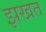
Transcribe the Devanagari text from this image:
झखत